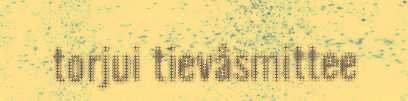
torjui tievâsmittee